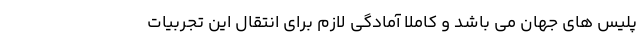
پلیس های جهان می باشد و کاملا آمادگی لازم برای انتقال این تجربیات